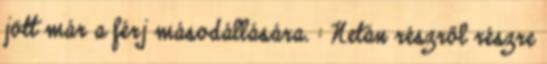
jött már a férj másodállására. : Netán részről részre